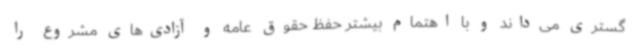
گستری می‌داند و با اهتمام بیشتر حفظ حقوق عامه و آزادی‌های مشروع را